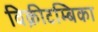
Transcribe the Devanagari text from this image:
विक्रीटम्बिका